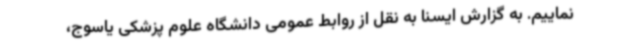
نماییم. به گزارش ایسنا به نقل از روابط عمومی دانشگاه علوم پزشکی یاسوج،